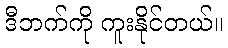
ဒီဘက်ကို ကူးနိုင်တယ်။